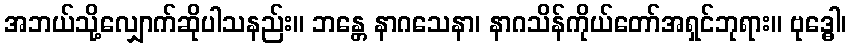
အဘယ်သို့လျှောက်ဆိုပါသနည်း။ ဘန္တေ နာဂသေနာ၊ နာဂသိန်ကိုယ်တော်အရှင်ဘုရား။ ဗုဒ္ဓေါ၊